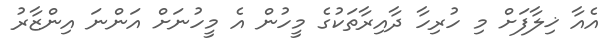
އެއާ ޚިލާފަށް މި ހުރިހާ ދާއިރާތަކުގެ މީހުން އެ މީހުނަށް އަންނަ އިންޒާރު